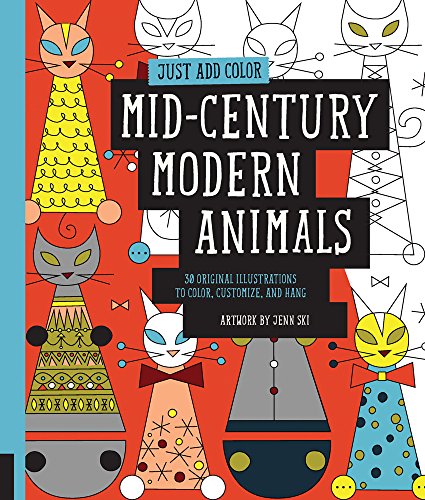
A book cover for Just Add Color: Mid-Century Modern Animals: 30 Original Illustrations To Color, Customize, and Hang; Jenn Ski; Arts & Photography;